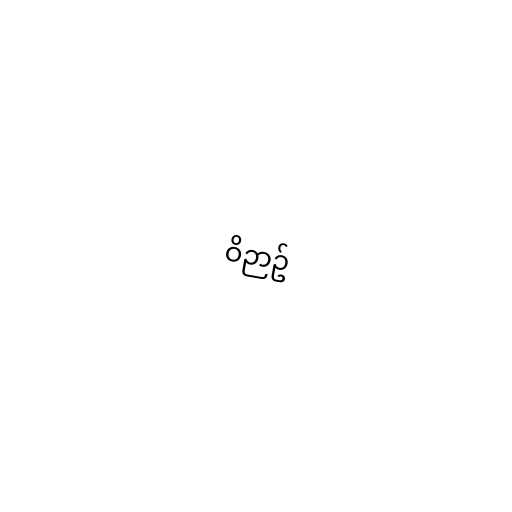
ဝိဉာဥ်